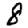
Digit: 8